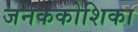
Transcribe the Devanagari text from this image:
जनककोशिका